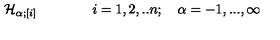
{ \cal H } _ { \alpha ; [ i ] } \qquad \qquad i = 1 , 2 , . . n ; \quad \alpha = - 1 , . . . , \infty